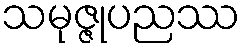
သမုဇ္ဇုပညဿ